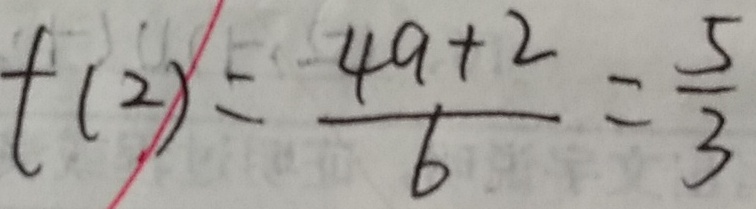
t ( 2 ) = \frac { 4 9 + 2 } { 6 } = \frac { 5 } { 3 }